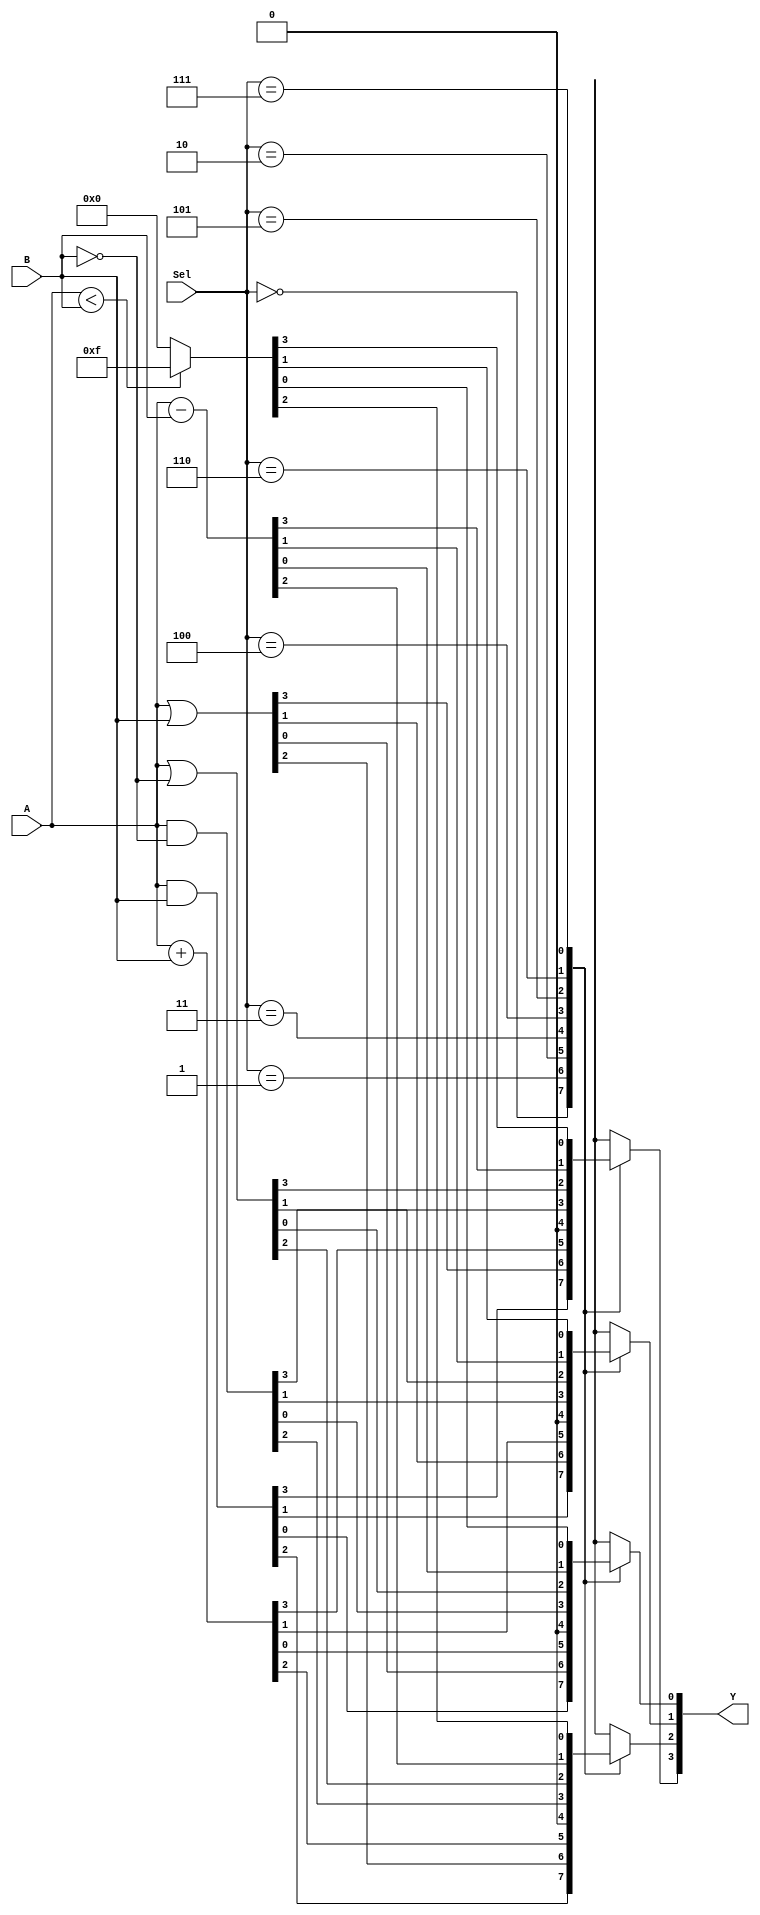
module ALU (input wire [3:0]A, input wire [3:0]B, input wire [2:0]Sel, output reg [3:0]Y); 
reg [4:0]C;
reg Menor;
	always @ (A or B or Sel) 
		case (Sel) 
			0 : Y = A & B; 
			1 : Y = A | B; 
			2 : begin
					C = A + B; 
					Y[0] = C[0];
					Y[1] = C[1];
					Y[2] = C[2];
					Y[3] = C[3];
				end
			3 : Y = 0;
			4 : Y = A & ~B;
			5 : Y = A | ~B;
			6 : begin
					C = A - B; 
					Y[0] = C[0];
					Y[1] = C[1];
					Y[2] = C[2];
					Y[3] = C[3];
				end
			7 : begin
					Menor = (A < B);
					if (Menor)
						begin
						Y = 4'b1111;
						end 
					else 
						begin
						Y = 0;
						end
				end
			default : $display("Error in Sel"); 
		endcase 
    
endmodule